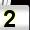
Digit: 2